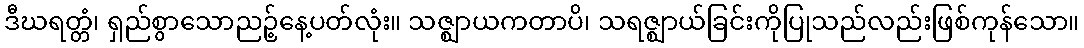
ဒီဃရတ္တံ၊ ရှည်စွာသောညဉ့်နေ့ပတ်လုံး။ သဇ္ဈာယကတာပိ၊ သရဇ္ဈာယ်ခြင်းကိုပြုသည်လည်းဖြစ်ကုန်သော။